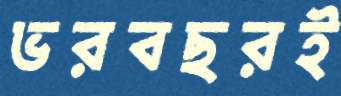
ভরবছরই